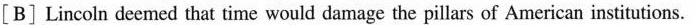
[B]Lincoln deemed that time would damage the pillars of American institutions.